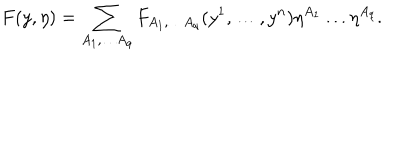
F ( y , \eta ) = \sum _ { A _ { 1 } , \dots A _ { q } } F _ { A _ { 1 } , \dots A _ { q } } ( y ^ { 1 } , \dots , y ^ { n } ) \eta ^ { A _ { 1 } } \dots \eta ^ { A _ { q } } .